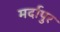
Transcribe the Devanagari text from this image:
मर्दापुर